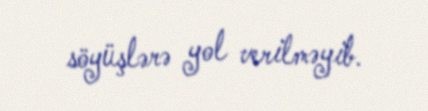
söyüşlərə yol verilməyib.